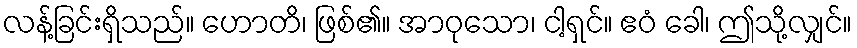
လန့်ခြင်းရှိသည်။ ဟောတိ၊ ဖြစ်၏။ အာဝုသော၊ ငါ့ရှင်။ ဧဝံ ခေါ၊ ဤသို့လျှင်။